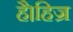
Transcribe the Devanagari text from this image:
है।हिज्र